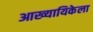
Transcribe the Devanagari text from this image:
आख्यायिकेला